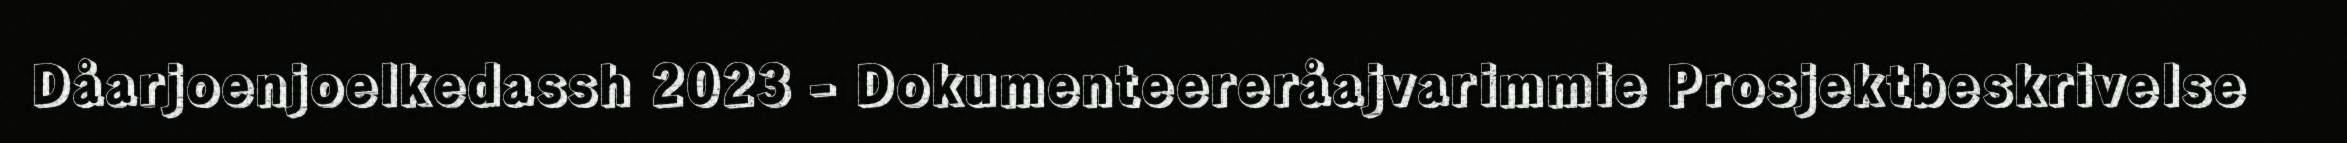
Dåarjoenjoelkedassh 2023 - Dokumenteereråajvarimmie Prosjektbeskrivelse